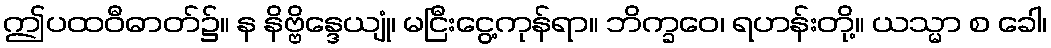
ဤပထဝီဓာတ်၌။ န နိဗ္ဗိန္ဒေယျုံ၊ မငြီးငွေ့ကုန်ရာ။ ဘိက္ခဝေ၊ ရဟန်းတို့။ ယသ္မာ စ ခေါ၊